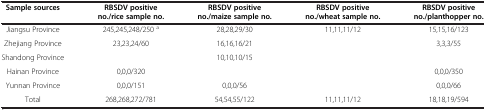
<table><thead><tr><td><b>Sample sources</b></td><td><b>RBSDV positive no./rice sample no.</b></td><td><b>RBSDV positive no./maize sample no.</b></td><td><b>RBSDV positive no./wheat sample no.</b></td><td><b>RBSDV positive no./planthopper no.</b></td></tr></thead><tbody><tr><td>Jiangsu Province</td><td>245,245,248/250 <sup>a</sup></td><td>28,28,29/30</td><td>11,11,11/12</td><td>15,15,16/123</td></tr><tr><td>Zhejiang Province</td><td>23,23,24/60</td><td>16,16,16/21</td><td> </td><td>3,3,3/55</td></tr><tr><td>Shandong Province</td><td> </td><td>10,10,10/15</td><td> </td><td> </td></tr><tr><td>Hainan Province</td><td>0,0,0/320</td><td> </td><td> </td><td>0,0,0/350</td></tr><tr><td>Yunnan Province</td><td>0,0,0/151</td><td>0,0,0/56</td><td> </td><td>0,0,0/66</td></tr><tr><td>Total</td><td>268,268,272/781</td><td>54,54,55/122</td><td>11,11,11/12</td><td>18,18,19/594</td></tr></tbody></table>